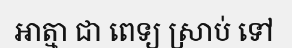
អាត្មា ជា ពេទ្យ ស្រាប់ ទៅ